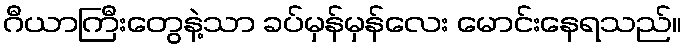
ဂီယာကြီးတွေနဲ့သာ ခပ်မှန်မှန်လေး မောင်းနေရသည်။